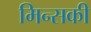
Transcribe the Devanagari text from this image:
मिन्सकी